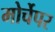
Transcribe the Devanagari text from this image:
मोर्चेपर